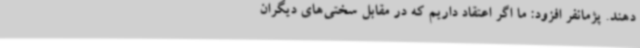
دهند. پژمانفر افزود: ما اگر اعتقاد داریم که در مقابل سختی‌های دیگران